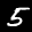
Label: 5